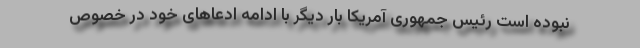
نبوده است رئیس جمهوری آمریکا بار دیگر با ادامه ادعاهای خود در خصوص